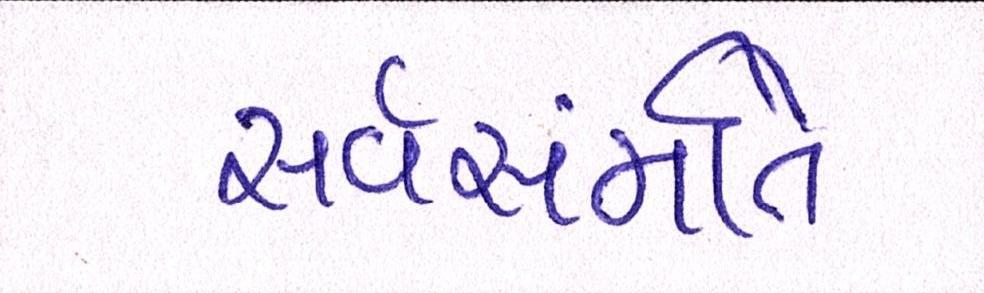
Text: સર્વસંમતિ